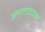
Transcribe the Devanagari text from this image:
अमरतादायक